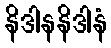
နိဒါနနိဒါနံ